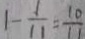
1 - \frac { 1 } { 1 1 } = \frac { 1 0 } { 1 1 }